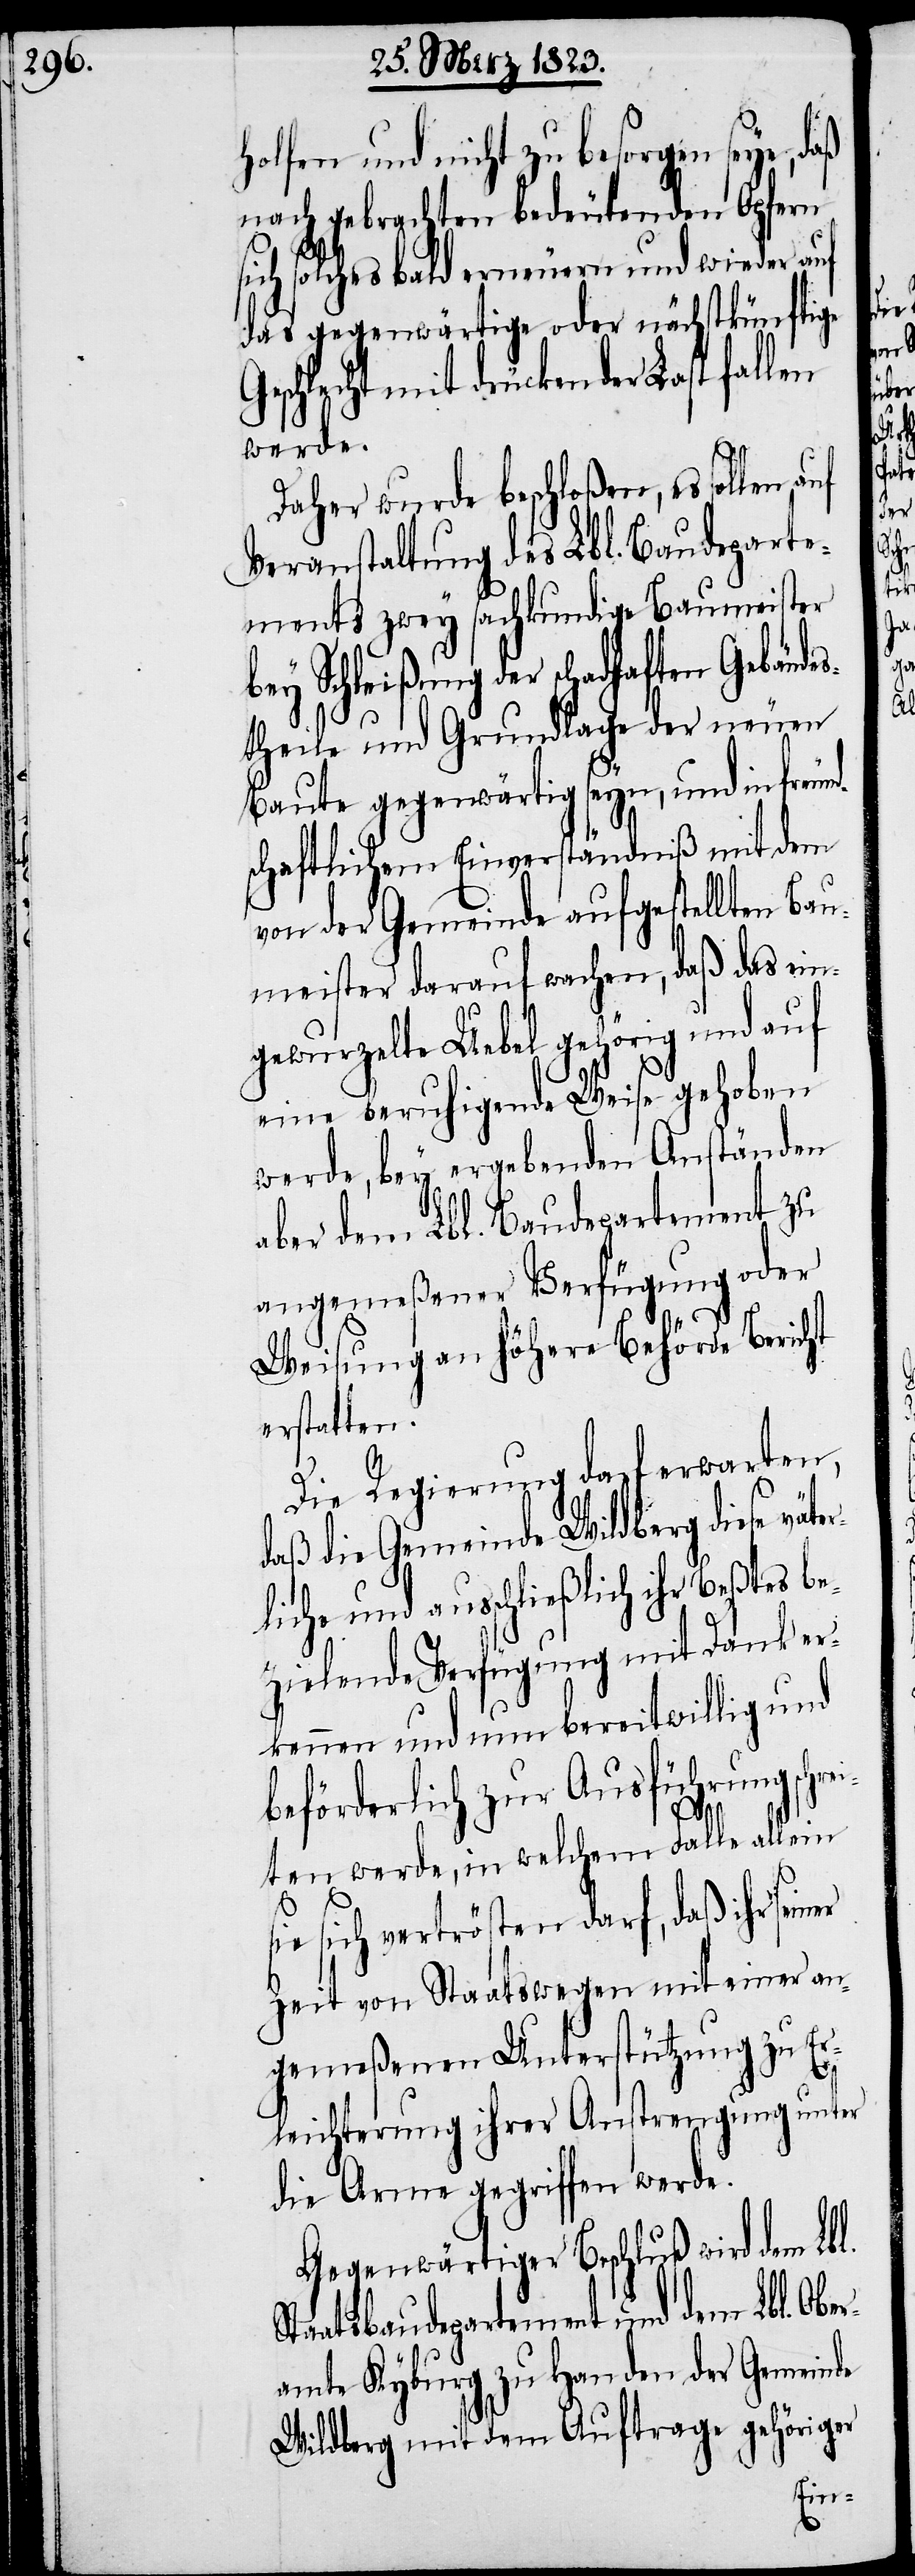
holfen und nicht zu besorgen seye,
nach gebrachten bedeutenden Opfern
sich solches bald erneuern und wieder auf
das gegenwärtige oder nächstkünftige
schlecht mit drückender Last fallen
werde.
er
Daher wurde beschloßen, es sollen auf
Veranstaltung des Lbl. Baudeparte¬
ments zwey fachkundige Baumeister
bey Schleißung der schadhaften Gebäude¬
stheile und Grundlage der neuen
Baute gegenwärtig seyn, und in freun¬
schaftlichem Einverständniß mit dem
von der Gemeinde aufgestellten Bau¬
meister darauf wachen, daß das ein¬
gewurzelte Uebel gehörig und auf
eine beruhigende Weise gehoben
werde, bey ergebenden Anständen
aber dem Lbl. Baudepartement zu
angemeßener Verfügung oder
Weisung an höhere Behörde Bericht
erstatten.
Die Regierung darf erwarten,
daß die Gemeinde Wildberg diese väte¬
rliche und ausschließlich ihr Beßtes be¬
zielende Verfügung mit Dank er¬
kennen und nun bereitwillig und
beförderlich zur Ausführung sch¬
iten werde, in welchem Falle allein
sie sich vertrösten darf, daß ihr sein¬
Zeit von Staatswegen mit einer an¬
gemeßenen Unterstützung zu Er¬
leichterung ihrer Anstrengung unter
die Arme gegriffen werde.
Gegenwärtiger Beschluß wird dem Lbl.
Staatsbaudepartement und dem Lbl. Ober¬
amte Kyburg zu Handen der Gemeinde
Wildberg mit dem Auftrage gehöriger